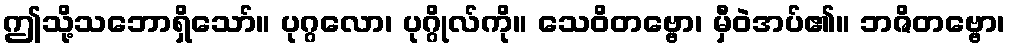
ဤသို့သဘောရှိသော်။ ပုဂ္ဂလော၊ ပုဂ္ဂိုလ်ကို။ သေဝိတဗ္ဗော၊ မှီဝဲအပ်၏။ ဘဇိတဗ္ဗော၊